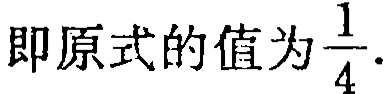
即原式的值为\(\dfrac{1}{4}\).